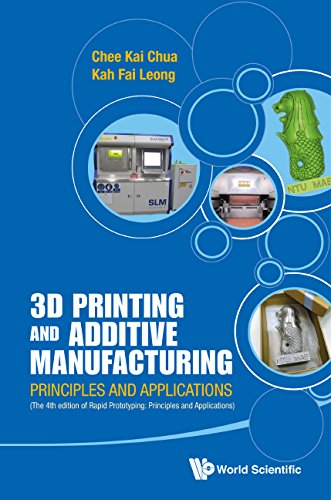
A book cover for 3D Printing and Additive Manufacturing: Principles and Applications (with Companion Media Pack) - Fourth Edition of Rapid Prototyping; Chee Kai Chua; Computers & Technology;